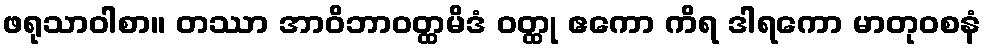
ဖရုသာဝါစာ။ တဿာ အာဝိဘာဝတ္ထမိဒံ ဝတ္ထု ဧကော ကိရ ဒါရကော မာတုဝစနံ